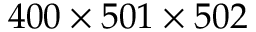
4 0 0 \times 5 0 1 \times 5 0 2